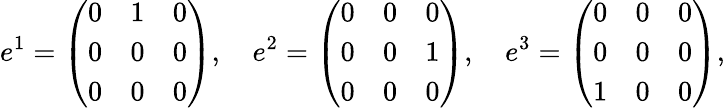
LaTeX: e^{1}=\left(\begin{array}{lll}{0}&{1}&{0}\\ {0}&{0}&{0}\\ {0}&{0}&{0}\end{array}\right),\quad e^{2}=\left(\begin{array}{lll}{0}&{0}&{0}\\ {0}&{0}&{1}\\ {0}&{0}&{0}\end{array}\right),\quad e^{3}=\left(\begin{array}{lll}{0}&{0}&{0}\\ {0}&{0}&{0}\\ {1}&{0}&{0}\end{array}\right),